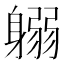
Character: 𨉱